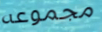
مجموعه